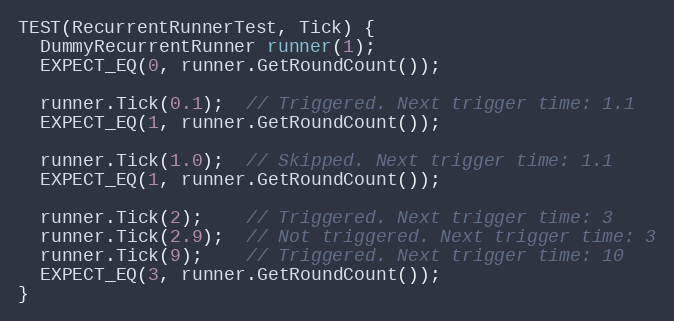
Language: C++
TEST(RecurrentRunnerTest, Tick) {
  DummyRecurrentRunner runner(1);
  EXPECT_EQ(0, runner.GetRoundCount());

  runner.Tick(0.1);  // Triggered. Next trigger time: 1.1
  EXPECT_EQ(1, runner.GetRoundCount());

  runner.Tick(1.0);  // Skipped. Next trigger time: 1.1
  EXPECT_EQ(1, runner.GetRoundCount());

  runner.Tick(2);    // Triggered. Next trigger time: 3
  runner.Tick(2.9);  // Not triggered. Next trigger time: 3
  runner.Tick(9);    // Triggered. Next trigger time: 10
  EXPECT_EQ(3, runner.GetRoundCount());
}